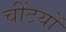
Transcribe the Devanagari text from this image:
चींटयों